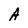
Character: A